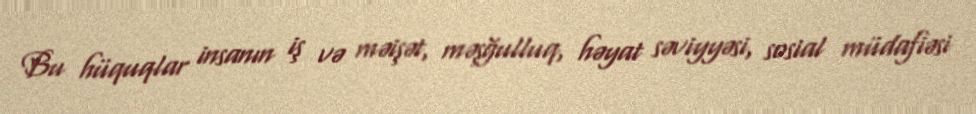
Bu hüquqlar insanın iş və məişət, məşğulluq, həyat səviyyəsi, sosial müdafiəsi